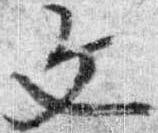
文